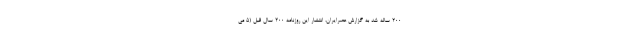
200 ساله شد به گزارش عصرایران، انتشار این روزنامه 200 سال قبل (5 می